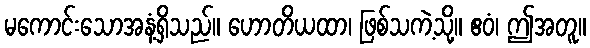
မကောင်းသောအနံ့ရှိသည်။ ဟောတိယထာ၊ ဖြစ်သကဲ့သို့။ ဧဝံ၊ ဤအတူ။